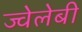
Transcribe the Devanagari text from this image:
ज्वेलेबी